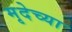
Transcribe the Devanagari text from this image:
मृदेच्या